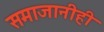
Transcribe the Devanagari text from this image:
समाजानीही